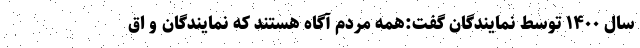
سال ۱۴۰۰ توسط نمایندگان گفت:همه مردم آگاه هستند که نمایندگان و اق